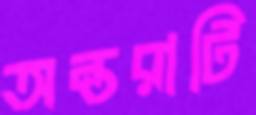
অন্তরাটি